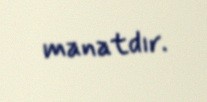
manatdır.